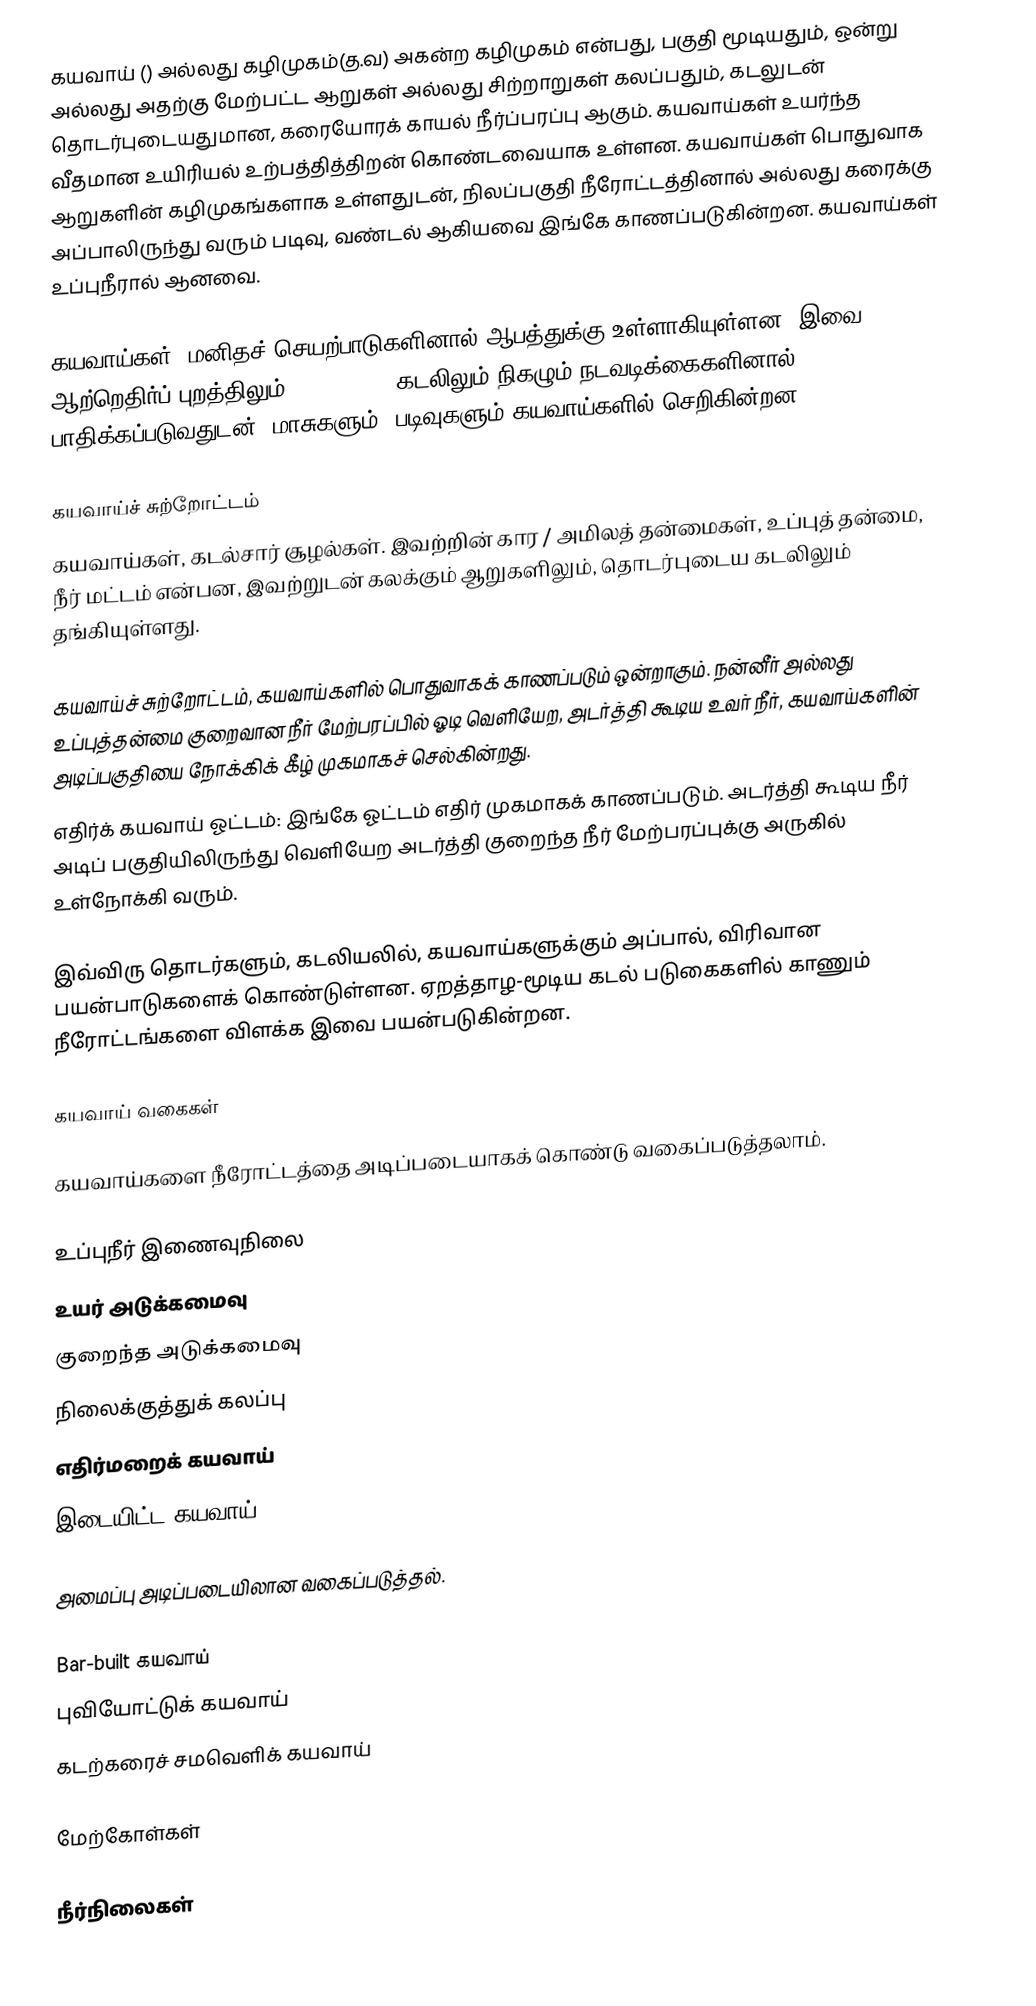
கயவாய் () அல்லது கழிமுகம்(த.வ)  அகன்ற கழிமுகம் என்பது, பகுதி மூடியதும், ஒன்று அல்லது அதற்கு மேற்பட்ட ஆறுகள் அல்லது சிற்றாறுகள் கலப்பதும், கடலுடன் தொடர்புடையதுமான, கரையோரக் காயல் நீர்ப்பரப்பு ஆகும். கயவாய்கள் உயர்ந்த வீதமான உயிரியல் உற்பத்தித்திறன் கொண்டவையாக உள்ளன. கயவாய்கள் பொதுவாக ஆறுகளின் கழிமுகங்களாக உள்ளதுடன், நிலப்பகுதி நீரோட்டத்தினால் அல்லது கரைக்கு அப்பாலிருந்து வரும் படிவு, வண்டல் ஆகியவை இங்கே காணப்படுகின்றன. கயவாய்கள் உப்புநீரால் ஆனவை.

கயவாய்கள், மனிதச் செயற்பாடுகளினால் ஆபத்துக்கு உள்ளாகியுள்ளன. இவை ஆற்றெதிர்ப் புறத்திலும் (upstream), கடலிலும் நிகழும் நடவடிக்கைகளினால் பாதிக்கப்படுவதுடன், மாசுகளும், படிவுகளும் கயவாய்களில் செறிகின்றன.

கயவாய்ச் சுற்றோட்டம்
கயவாய்கள், கடல்சார் சூழல்கள். இவற்றின் கார / அமிலத் தன்மைகள், உப்புத் தன்மை, நீர் மட்டம் என்பன, இவற்றுடன் கலக்கும் ஆறுகளிலும், தொடர்புடைய கடலிலும் தங்கியுள்ளது.

 கயவாய்ச் சுற்றோட்டம், கயவாய்களில் பொதுவாகக் காணப்படும் ஒன்றாகும். நன்னீர் அல்லது உப்புத்தன்மை குறைவான நீர் மேற்பரப்பில் ஓடி வெளியேற, அடர்த்தி கூடிய உவர் நீர், கயவாய்களின் அடிப்பகுதியை நோக்கிக் கீழ் முகமாகச் செல்கின்றது.
 எதிர்க் கயவாய் ஓட்டம்: இங்கே ஓட்டம் எதிர் முகமாகக் காணப்படும். அடர்த்தி கூடிய நீர் அடிப் பகுதியிலிருந்து வெளியேற அடர்த்தி குறைந்த நீர் மேற்பரப்புக்கு அருகில் உள்நோக்கி வரும்.

இவ்விரு தொடர்களும், கடலியலில், கயவாய்களுக்கும் அப்பால், விரிவான பயன்பாடுகளைக் கொண்டுள்ளன. ஏறத்தாழ-மூடிய கடல் படுகைகளில் காணும் நீரோட்டங்களை விளக்க இவை பயன்படுகின்றன.

கயவாய் வகைகள்

கயவாய்களை நீரோட்டத்தை அடிப்படையாகக் கொண்டு வகைப்படுத்தலாம்.

 உப்புநீர் இணைவுநிலை
 உயர் அடுக்கமைவு
 குறைந்த அடுக்கமைவு
 நிலைக்குத்துக் கலப்பு
 எதிர்மறைக் கயவாய்
 இடையிட்ட கயவாய்

அமைப்பு அடிப்படையிலான வகைப்படுத்தல்.

 Bar-built கயவாய்
 புவியோட்டுக் கயவாய்
 கடற்கரைச் சமவெளிக் கயவாய்

மேற்கோள்கள்

நீர்நிலைகள்